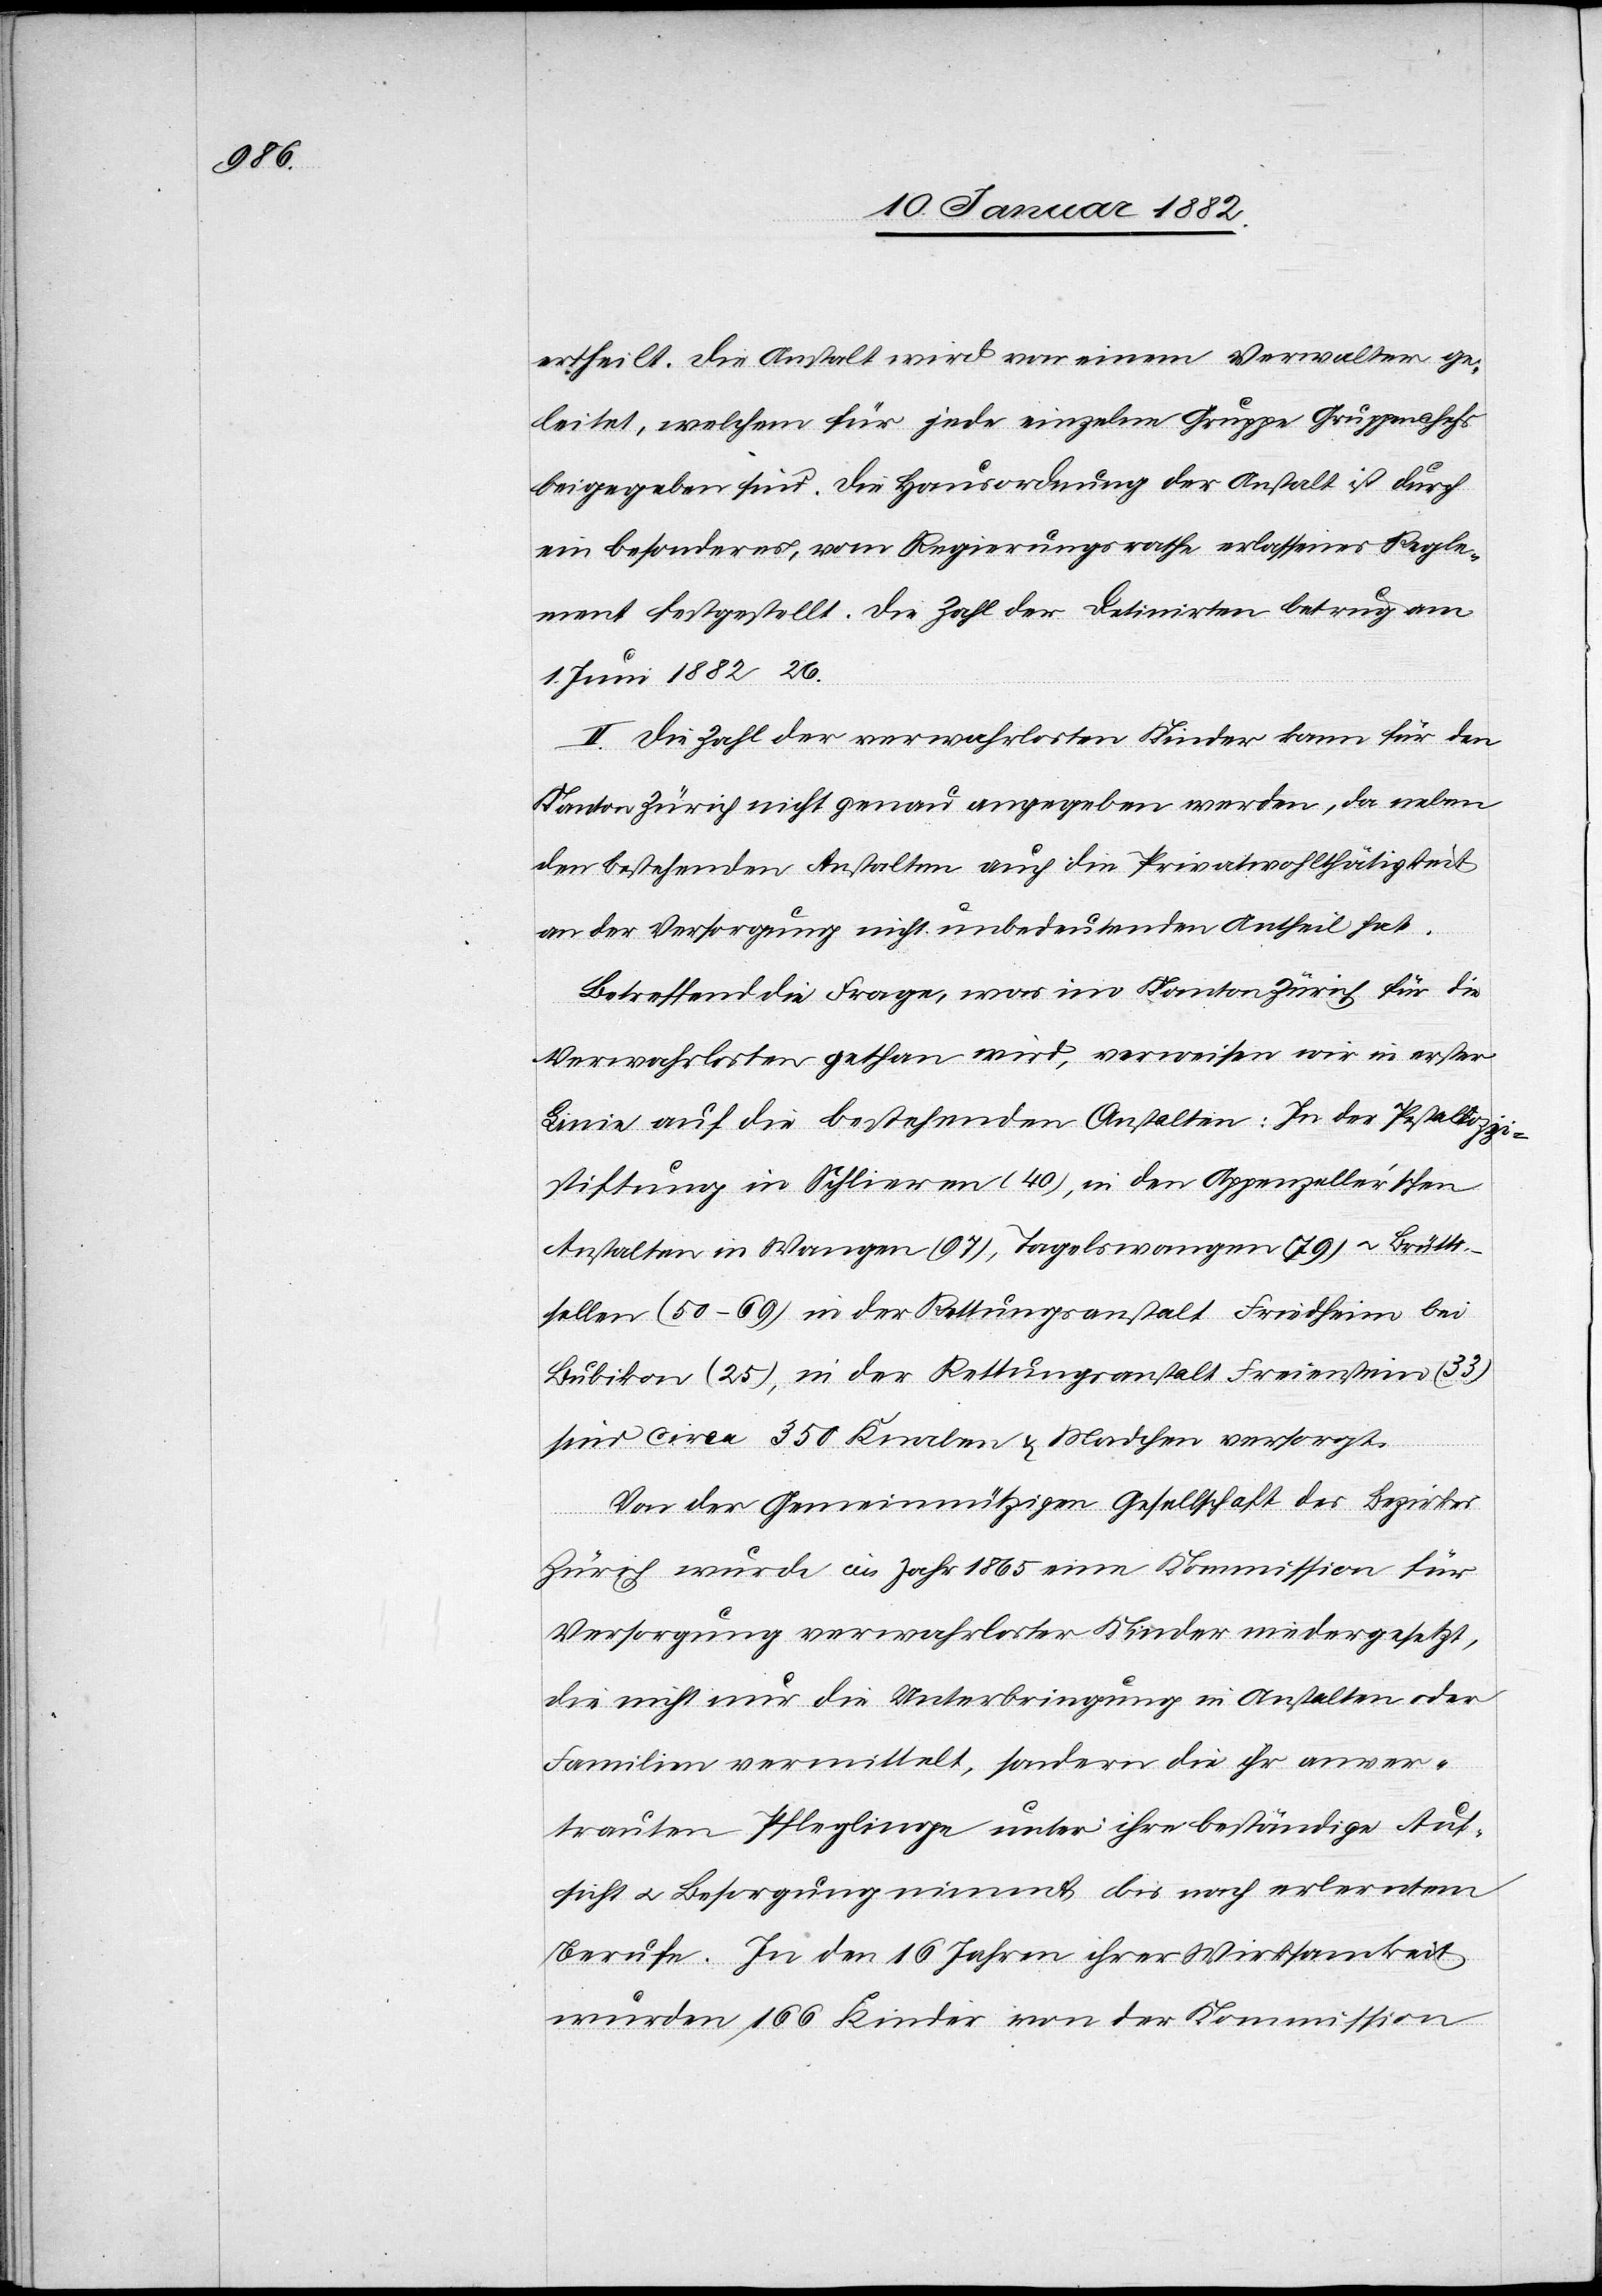
ertheilt. Die Anstalt wird von einem Verwalter ge¬
leitet, welchem für jede einzelne Gruppe Gruppenchefs
beigegeben sind. Die Hausordnung der Anstalt ist durch
ein besonderes, vom Regierungsrathe erlassenes Regle¬
ment festgestellt. Die Zahl der Detinirten betrug am
1. Juni 1882 26.
II. Die Zahl der verwahrlosten Kinder kann für den
Kanton Zürich nicht genau angegeben werden, da neben
den bestehenden Anstalten auch die Privatwohlthätigkeit
an der Versorgung nicht unbedeutenden Antheil hat.
Betreffend die Frage, was im Kanton Zürich für die
Verwahrlosten gethan wird, verweisen wir in erster
Linie auf die bestehenden Anstalten: In der Pestalozzi¬
stiftung in Schlieren (40), in den Appenzeller’schen
Anstalten in Wangen (97), Tagelswangen (79) u. Brütti¬
sellen (50–69), in der Rettungsanstalt Friedheim bei
Bubikon (25), in der Rettungsanstalt Freienstein (33)
sind circa 350 Knaben & Mädchen versorgt.
Von der Gemeinnützigen Gesellschaft des Bezirkes
Zürich würde im Jahr 1865 eine Kommission für
Versorgung verwahrloster Kinder niedergesetzt,
die nicht nur die Unterbringung in Anstalten oder
Familien vermittelt, sondern die ihr anver¬
trauten Pfleglinge unter ihre beständige Auf¬
sicht u. Besorgung nimmt bis nach erlerntem
Berufe. In den 16 Jahren ihrer Wirksamkeit
wurden 166 Kinder von der Kommission